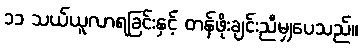
၁၁ သယ်ယူလာရခြင်းနှင့် တန်ဖိုးချင်းညီမျှပေသည်။